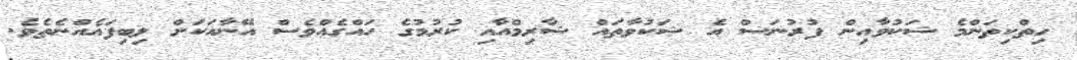
ހިތްކިތަންމެ ޝަކުވާއިން ފުރުނަސް އެ ޝަކުވާތައް ޝާރިމްއާއި ކުރުމުގެ ހައްގެއްވެސް އޭނާއަކަށް ލިބިފައެއްނެތެވެ.